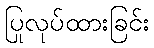
ပြုလုပ်ထားခြင်း